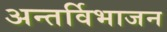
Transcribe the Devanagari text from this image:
अन्तर्विभाजन